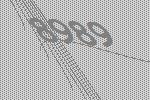
8989